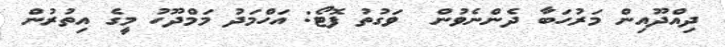
ދިއްދޫއިން މަރުހަބާ ދެންނެވުން  ވަގުތު ފޮޓޯ: އަހްމަދު މަމްދޫހު މީގެ އިތުރުން